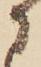
に